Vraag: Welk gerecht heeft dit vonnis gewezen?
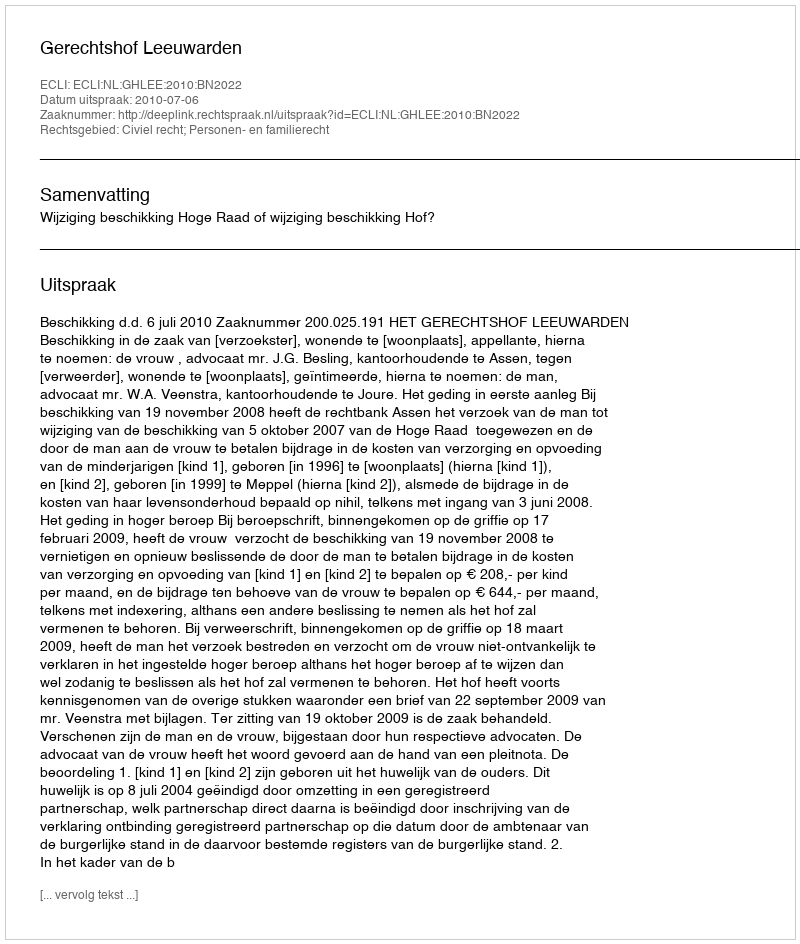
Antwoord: Gerechtshof Leeuwarden